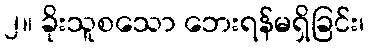
၂။ ခိုးသူစသော ဘေးရန်မရှိခြင်း၊